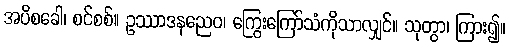
အပိစခေါ၊ စင်စစ်။ ဥဿာဒနညေဝ၊ ကြွေးကြော်သံကိုသာလျှင်။ သုတွာ၊ ကြား၍။